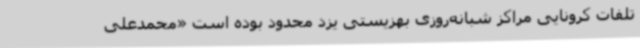
تلفات کرونایی مراکز شبانه‌روزی بهزیستی یزد محدود بوده است «محمدعلی